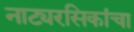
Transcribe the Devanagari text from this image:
नाट्यरसिकांचा